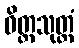
ဝိတ္တသုတ္တံ